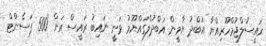
ރައީސުލްޖުމްހޫރިއްޔާ އަބްދު ޔާމީން އަބްދުލްގައްޔޫމު ވަނީ ނައިބު ރައީސް އަށް '500 ޕަސެންޓް